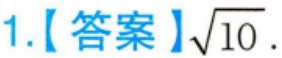
1.【答案】\(\sqrt{10}\).